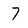
Character: 7